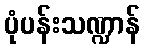
ပုံပန်းသဏ္ဍာန်